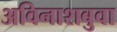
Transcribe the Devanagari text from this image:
अविनाशबुवा